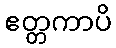
ဧတ္တကာပိ